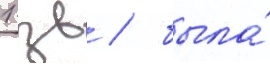
1 зв / была́